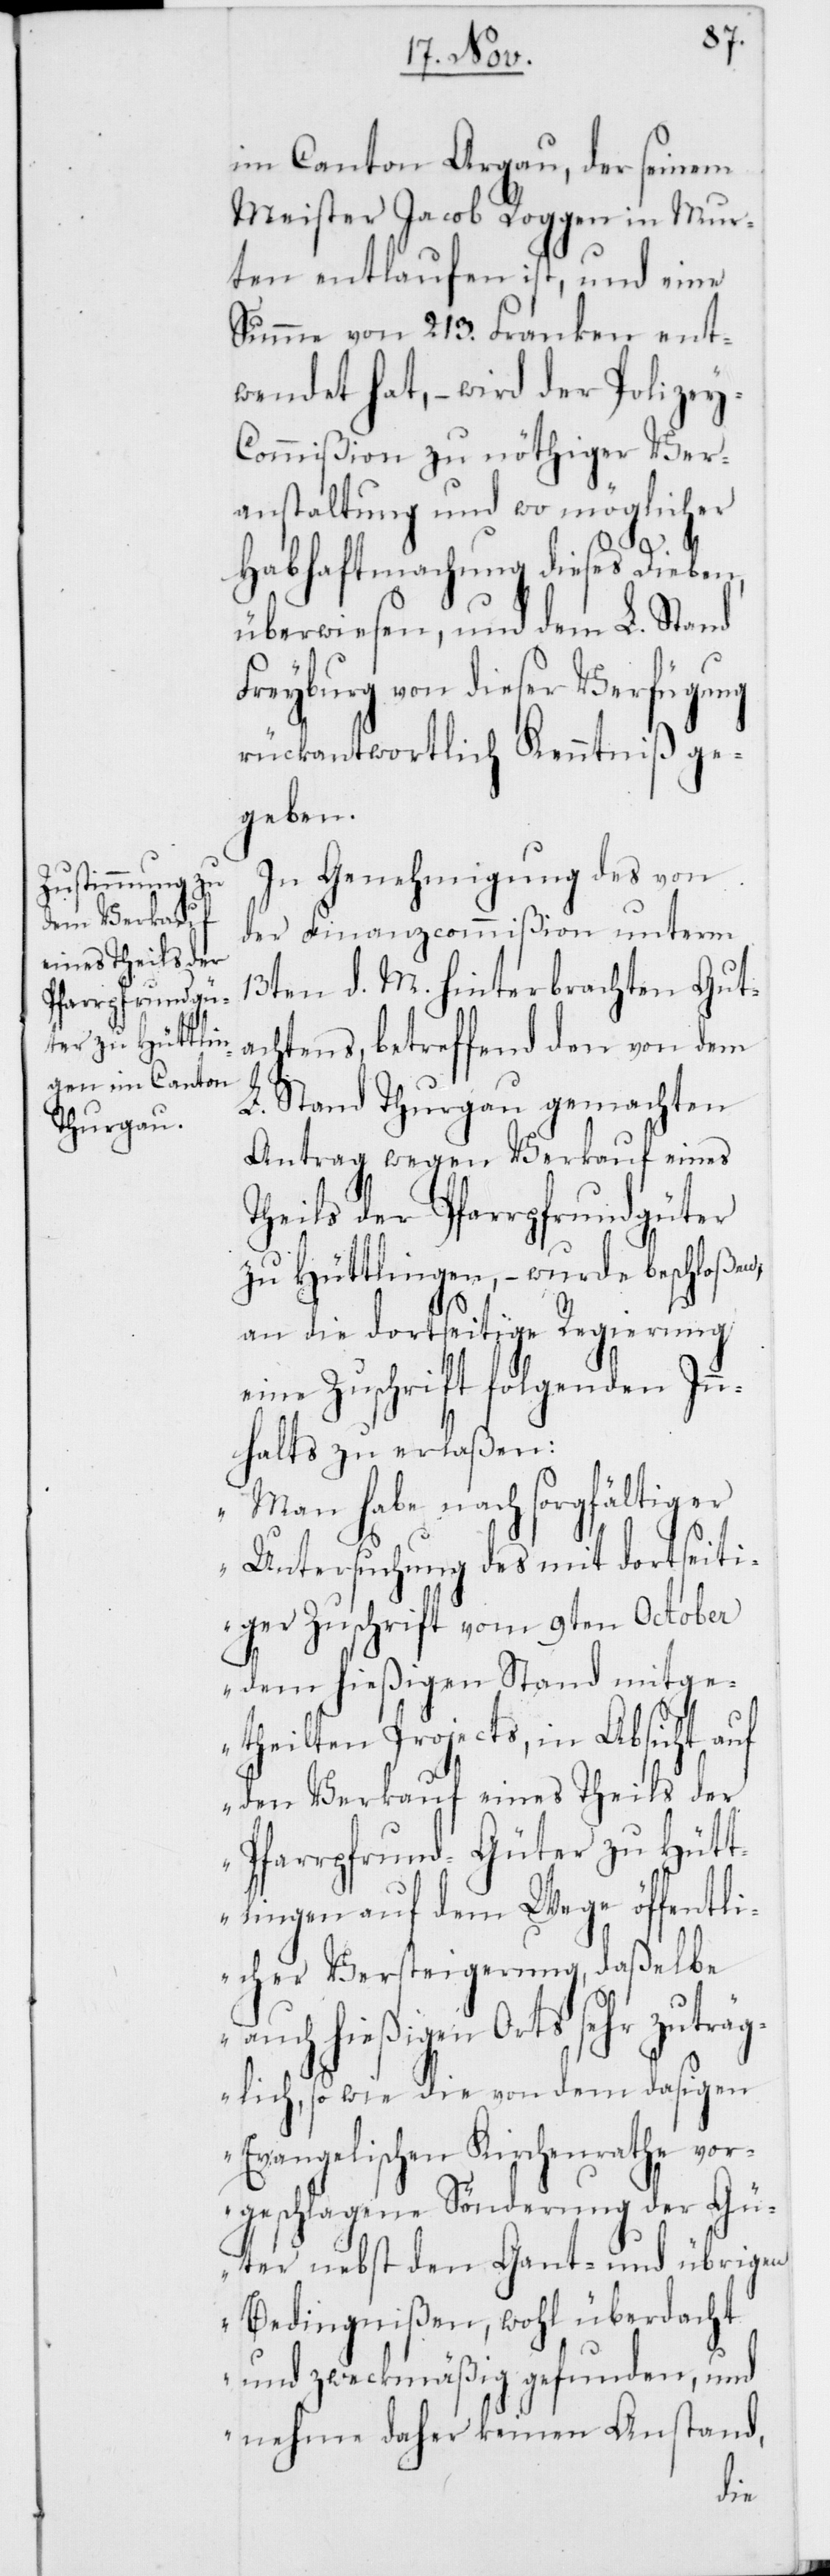
im Canton Argau, der seinem
Meister Jacob Roggen in Mur¬
ten entlaufen ist, und eine
Summe von 213. Franken ent¬
wendet hat, – wird der Polize¬
y-Commißion zu nöthiger Ver¬
anstaltung und wo möglicher
Habhaftmachung dieses Dieben,
überwiesen, und dem L. Stand
Freyburg von dieser Verfügung
rückantwortlich Kenntniß ge¬
geben.
In Genehmigung des von
der Finanzcommißion unterm
13ten d. M. hinterbrachten Gut¬
achtens, betreffend den von dem
L. Stand Thurgau gemachten
Antrag wegen Verkauf eines
Theils der Pfarrpfrundgüter
zu Hüttlingen, – wurde beschloßen,
an die dortseitige Regierung
eine Zuschrift folgenden Inn¬
halts zu erlaßen:
„Man habe nach sorgfältiger
Untersuchung des mit dortseiti¬
ger Zuschrift vom 9ten October
dem hießigen Stand mitge¬
theilten Projects, in Absicht auf
den Verkauf eines Theils der
Pfarrpfrund-Güter zu Hütt¬
lingen auf dem Wege öffentli¬
cher Versteigerung, daßelbe
auch hießigen Orts sehr zuträ¬
glich, so wie die von dem dasigen
Evangelischen Kirchenrathe vor¬
geschlagene Sönderung der Gü¬
ter nebst den Gant- und übrigen
Bedingnißen, wohl überdacht
und zweckmäßig gefunden, und
nehme daher keinen Anstand,